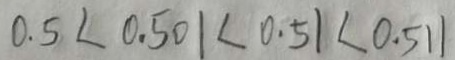
0 . 5 < 0 . 5 0 1 < 0 . 5 1 < 0 . 5 1 1